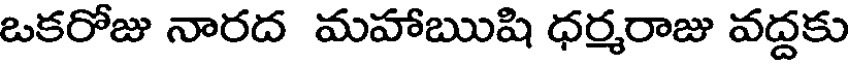
ఒకరోజు నారద మహాఋషి ధర్మరాజు వద్దకు